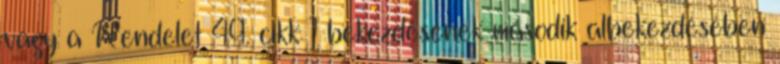
vagy a Rendelet 49. cikk 1 bekezdésének második albekezdésében